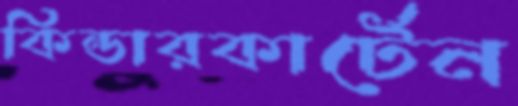
কিন্ডারকার্টেন